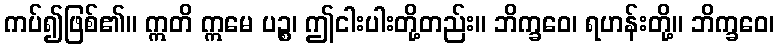
ကပ်၍ဖြစ်၏။ ဣတိ ဣမေ ပဉ္စ၊ ဤငါးပါးတို့တည်း။ ဘိက္ခဝေ၊ ရဟန်းတို့။ ဘိက္ခဝေ၊